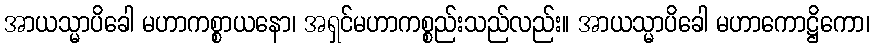
အာယသ္မာပိခေါ မဟာကစ္စာယနော၊ အရှင်မဟာကစ္စည်းသည်လည်း။ အာယသ္မာပိခေါ မဟာကောဋ္ဌိကော၊